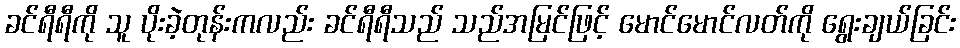
ခင်ရီရီကို သူ ပိုးခဲ့တုန်းကလည်း ခင်ရီရီသည် သည်အမြင်ဖြင့် မောင်မောင်လတ်ကို ရွေးချယ်ခြင်း